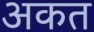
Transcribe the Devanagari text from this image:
अकत